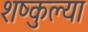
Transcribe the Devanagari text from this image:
शष्कुल्या